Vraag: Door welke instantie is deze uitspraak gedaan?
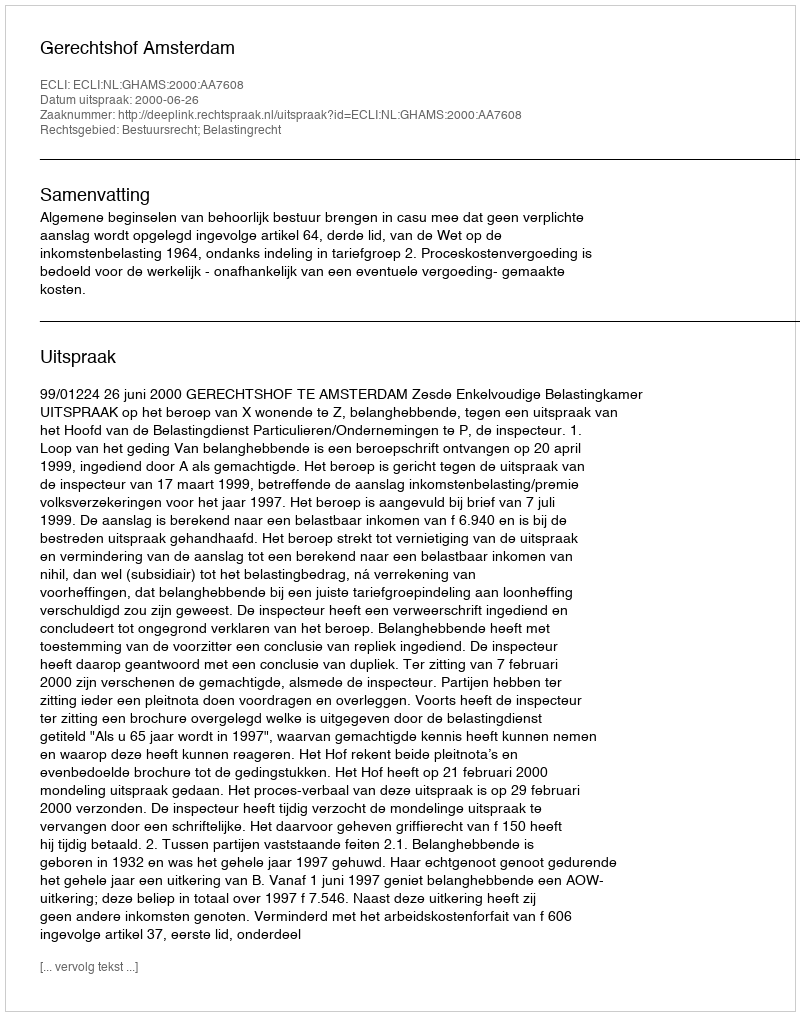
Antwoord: Gerechtshof Amsterdam